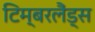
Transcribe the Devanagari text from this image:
टिम्बरलैंड्स